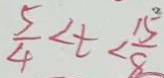
\frac { 5 } { 4 } < t < \frac { 1 5 } { 8 }